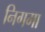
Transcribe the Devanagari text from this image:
निगमा